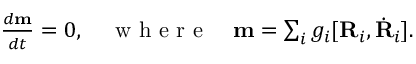
\begin{array} { r } { \frac { d { \bf m } } { d t } = 0 , \quad \mathrm { ~ w ~ h ~ e ~ r ~ e ~ } \quad { \bf m } = \sum _ { i } g _ { i } [ { \bf R } _ { i } , \dot { \bf R } _ { i } ] . } \end{array}